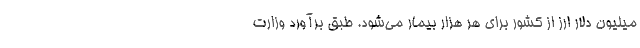
میلیون دلار ارز از کشور برای هر هزار بیمار می‌شود. طبق برآورد وزارت